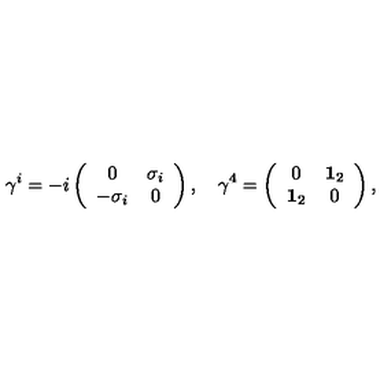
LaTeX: \gamma ^ { i } = - i \left( \begin{array} { c c } { 0 } & { \sigma _ { i } } \\ { - \sigma _ { i } } & { 0 } \\ \end{array} \right) , \quad \gamma ^ { 4 } = \left( \begin{array} { c c } { 0 } & { { \bf 1 } _ { 2 } } \\ { { \bf 1 } _ { 2 } } & { 0 } \\ \end{array} \right) ,